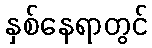
နှစ်နေရာတွင်